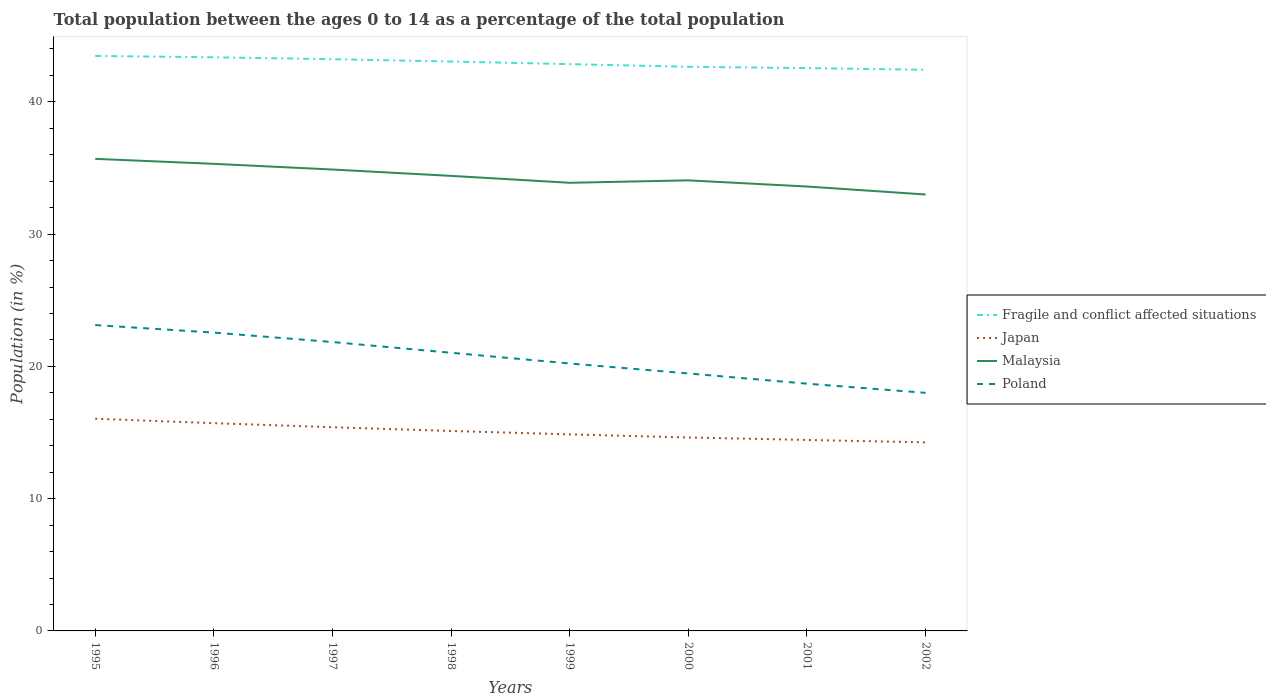
| Years | Fragile and conflict affected situations | Japan | Malaysia | Poland |
 | --- | --- | --- | --- | --- |
 | 1995 | 43.5 | 16 | 35.7 | 23.1 |
 | 1996 | 43.4 | 15.7 | 35.3 | 22.6 |
 | 1997 | 43.2 | 15.4 | 34.9 | 21.8 |
 | 1998 | 43 | 15.1 | 34.4 | 21 |
 | 1999 | 42.9 | 14.9 | 33.9 | 20.2 |
 | 2000 | 42.6 | 14.6 | 34.1 | 19.5 |
 | 2001 | 42.6 | 14.4 | 33.6 | 18.7 |
 | 2002 | 42.4 | 14.3 | 33 | 18 |